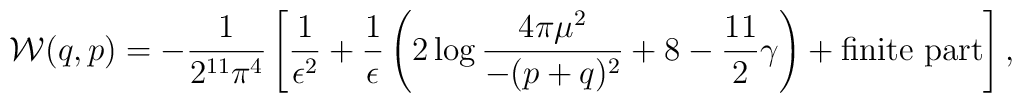
{\cal W} (q,p) = -\frac{1}{2^{11} \pi^4} \left[\frac{1}{\epsilon^2} +\frac{1}{\epsilon}\left( 2\log \frac{4\pi \mu^2}{-(p+q)^2}  +8-\frac{11}{2} \gamma  \right) +\mbox{finite part}\right],\\